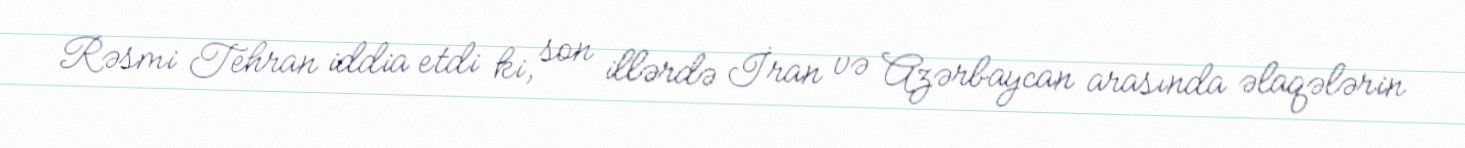
Rəsmi Tehran iddia etdi ki, son illərdə İran və Azərbaycan arasında əlaqələrin